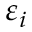
\varepsilon _ { i }